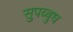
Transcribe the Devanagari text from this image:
सुपब्बुध